Medical and sanitary report of the native army of Madras for the year
Year: 1877
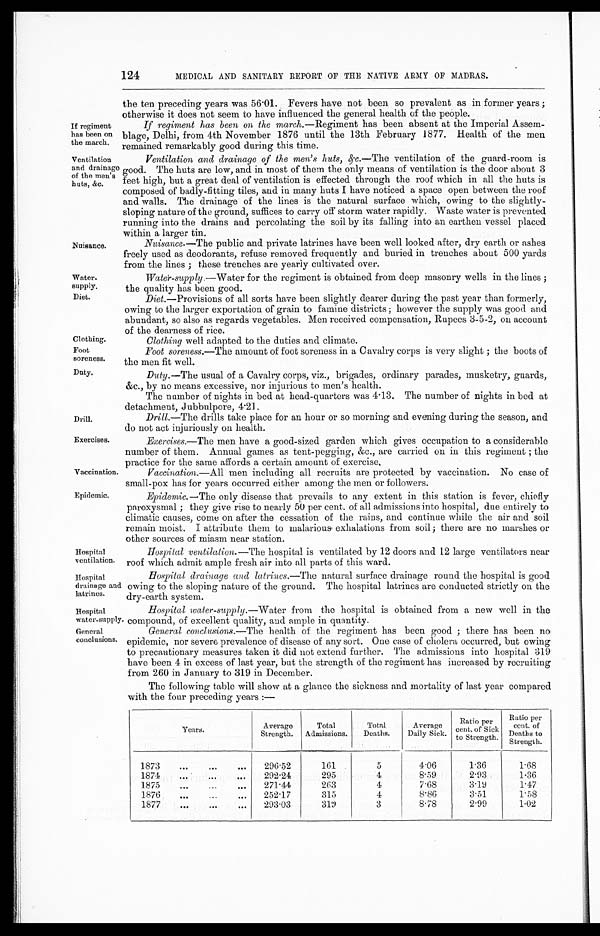
If regiment
has been on
the march.
Ventilation
and drainage
of the men's
huts, &c.
Drill.
Exercises
Vaccination.
Epidemic.
124
MEDICAL AND SANITARY REPORT OF THE NATIVE ARMY OF MADRAS.
Nuisance.
Water.
supply.
Diet.
Clothing
Foot
soreness.
Daly.
the ten preceding years was 56.01. Fevers have not been so prevalent as in former years ;
otherwise it does not seem to have influenced the general health of the people.
If regiment has been on the march. —Regiment has been absent at the Imperial Assem-
blage, Delhi, from 4th November 1876 until the 13th February 1877. Health of the men
remained remarkably good during this time.
Ventilation and drainage of the men's huts, &c. —The ventilation of the guard-room is
good. The huts are low, and in most of them the only means of ventilation is the door about 3
feet high, but a great deal of ventilation is effected through the roof which in all the huts is
composed. of badly-fitting tiles, and in many huts I have noticed a space open between the roof
and walls. The drainage of the lines is the natural surface which, owing to the slightly-
sloping nature of the ground, suffices to carry off storm water rapidly. Waste water is prevented
running into the drains and percolating the soil by its falling into an earthen vessel placed
w i t h i n a l a r g e r t i n
Nuisance. —The public and private latrines have been well looked after, dry earth or ashes
freely used as deodorants, refuse removed frequently and buried in trenches about 500 yards
from the lines; these trenches are yearly cultivated over.
water-supply.—water for the regiment is obtained from deep masonry wells in the lines ;
the quality has been good.
Diet.—Provisions of all sorts have been slightly dearer during the past year than formerly,
owing to the larger exportation of grain to famine districts ; however the supply was good and
abundant, so also as regards vegetables. Men received compensation, Rupees 3-5-2, on account
of the dearness of rice.
Clothing well adapted to the duties and climate.
Foot soreness.—The amount of foot soreness in a Cavalry corps is very slight ; the boots of
the men fit well.
Duty. —The usual of a Cavalry corps, viz., brigades, ordinary parades, musketry, guards,
&c., by no means excessive, nor injurious to men's health.
The number of nights in bed at head-quarters was 4.13. The number of nights in bed at
detachment, J ubbulpore, 4.21.
Drill.—The drills take place for an hour or so morning and evening during the season, and
do not act injuriously on health.
Exercises.—The men have a good-sized garden which gives occupation to a considerable
number of them. Annual games as tent-pegging, &c., are carried on in this regiment ; the
practice for the same affords a. certain amount of exercise.
Vaccination.—All men including all recruits are protected by vaccination. No case of
small-nox has for years occurred either among the men or followers.
Epidemic.—The only disease that prevails to any extent in this station is fever, chiefly
paroxysmal ; they give rise to nearly 50 per cent. of all admissions into hospital, due entirely to
climatic causes, come on after the cessation of the rains, and continue while the air and soil
remain moist. I attribute them to malarious exhalations from soil ; there are no marshes or
other sources. of miasm near station.
Hospital
ventilation.
Hospital
drainage and
latrines.
Hospital
water-supply.
General
conclusions.
Hospital ventilation. —The hospital is ventilated by 12 doors and 12 large ventilators neat
roof which admit ample fresh air into all parts of this ward.
Hospital drainage and latrines.—The natural surface drainage round the hospital is good
owing to the sloping nature of the ground. The hospital latrines are conducted strictly on the
dry-earth system.
Hospital water-supply. —Water from the hospital is obtained from a new well in the
compound, of excellent quality, and ample in quantity.
General conclusions.—The health of the regiment has been good ; there has been no
epidemic, nor severe prevalence of disease of any sort. One case of cholera occurred, but owing
to precautionary measures taken it did not extend further. The admissions into hospital 319
have been 4 in excess of last year, but the strength of the regiment has increased by recruiting
from 260 in January to 319 in December.
The following table will show at a glance the sickness and mortality of last year compared
with the four preceding years :—
Years.
Average Strength.
Total
Admissions.
Total
Deaths.
Average
Daily Sick.
Ratio per
cent
. of Sick
to Strength.
Ratio per
cent. of
Deaths to
Strength.
1873 ...
...
... 296.52
161
5
4.06
1.36
1.68
1874 ...
...
... 292.24
295
4
8.59
2.93.
1.36
1875
...
...
. . . 271.44
263
4
7.68
3.19
1.47
1876 ...
...
. . . 252.17
315
4
8.86
3.51
1.58
1877
...
...
... 293.03
3 1 9
3
8.78
2.99
1.02